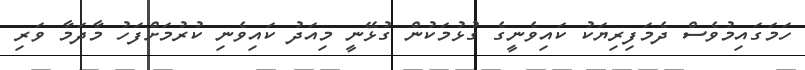
ހަމަގައިމުވެސް ދެމަފިރިޔަކު ކައިވެނީގެ ގުޅުމަކުން ގުޅޭނީ މިއަދު ކައިވެނި ކުރުމަށްފަހު މާދަމާ ވަރި